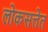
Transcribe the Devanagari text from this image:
लोकसत्तेत